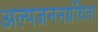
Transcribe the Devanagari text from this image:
अल्पजननग्रंथिता